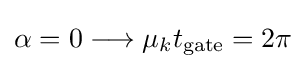
\alpha =0\longrightarrow \mu _{k}t_{\rm {gate}}=2\pi